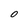
Character: O